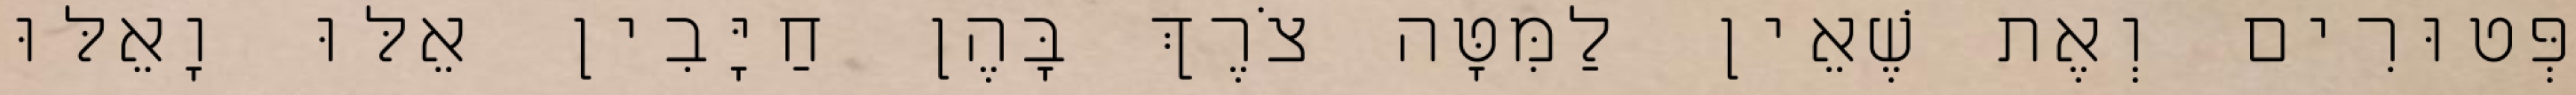
פְּטוּרִים וְאֶת שֶׁאֵין לַמִּטָּה צֹרֶךְ בָּהֶן חַיָּבִין אֵלּוּ וָאֵלּוּ